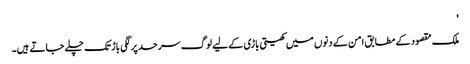
'
ملک مقصود کے مطابق امن کے دنوں میں کھیتی باڑی کے لیے لوگ سرحد پر لگی باڑ تک چلے جاتے ہیں۔